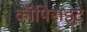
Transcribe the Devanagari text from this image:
कॉपिराइट